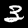
Digit: 3